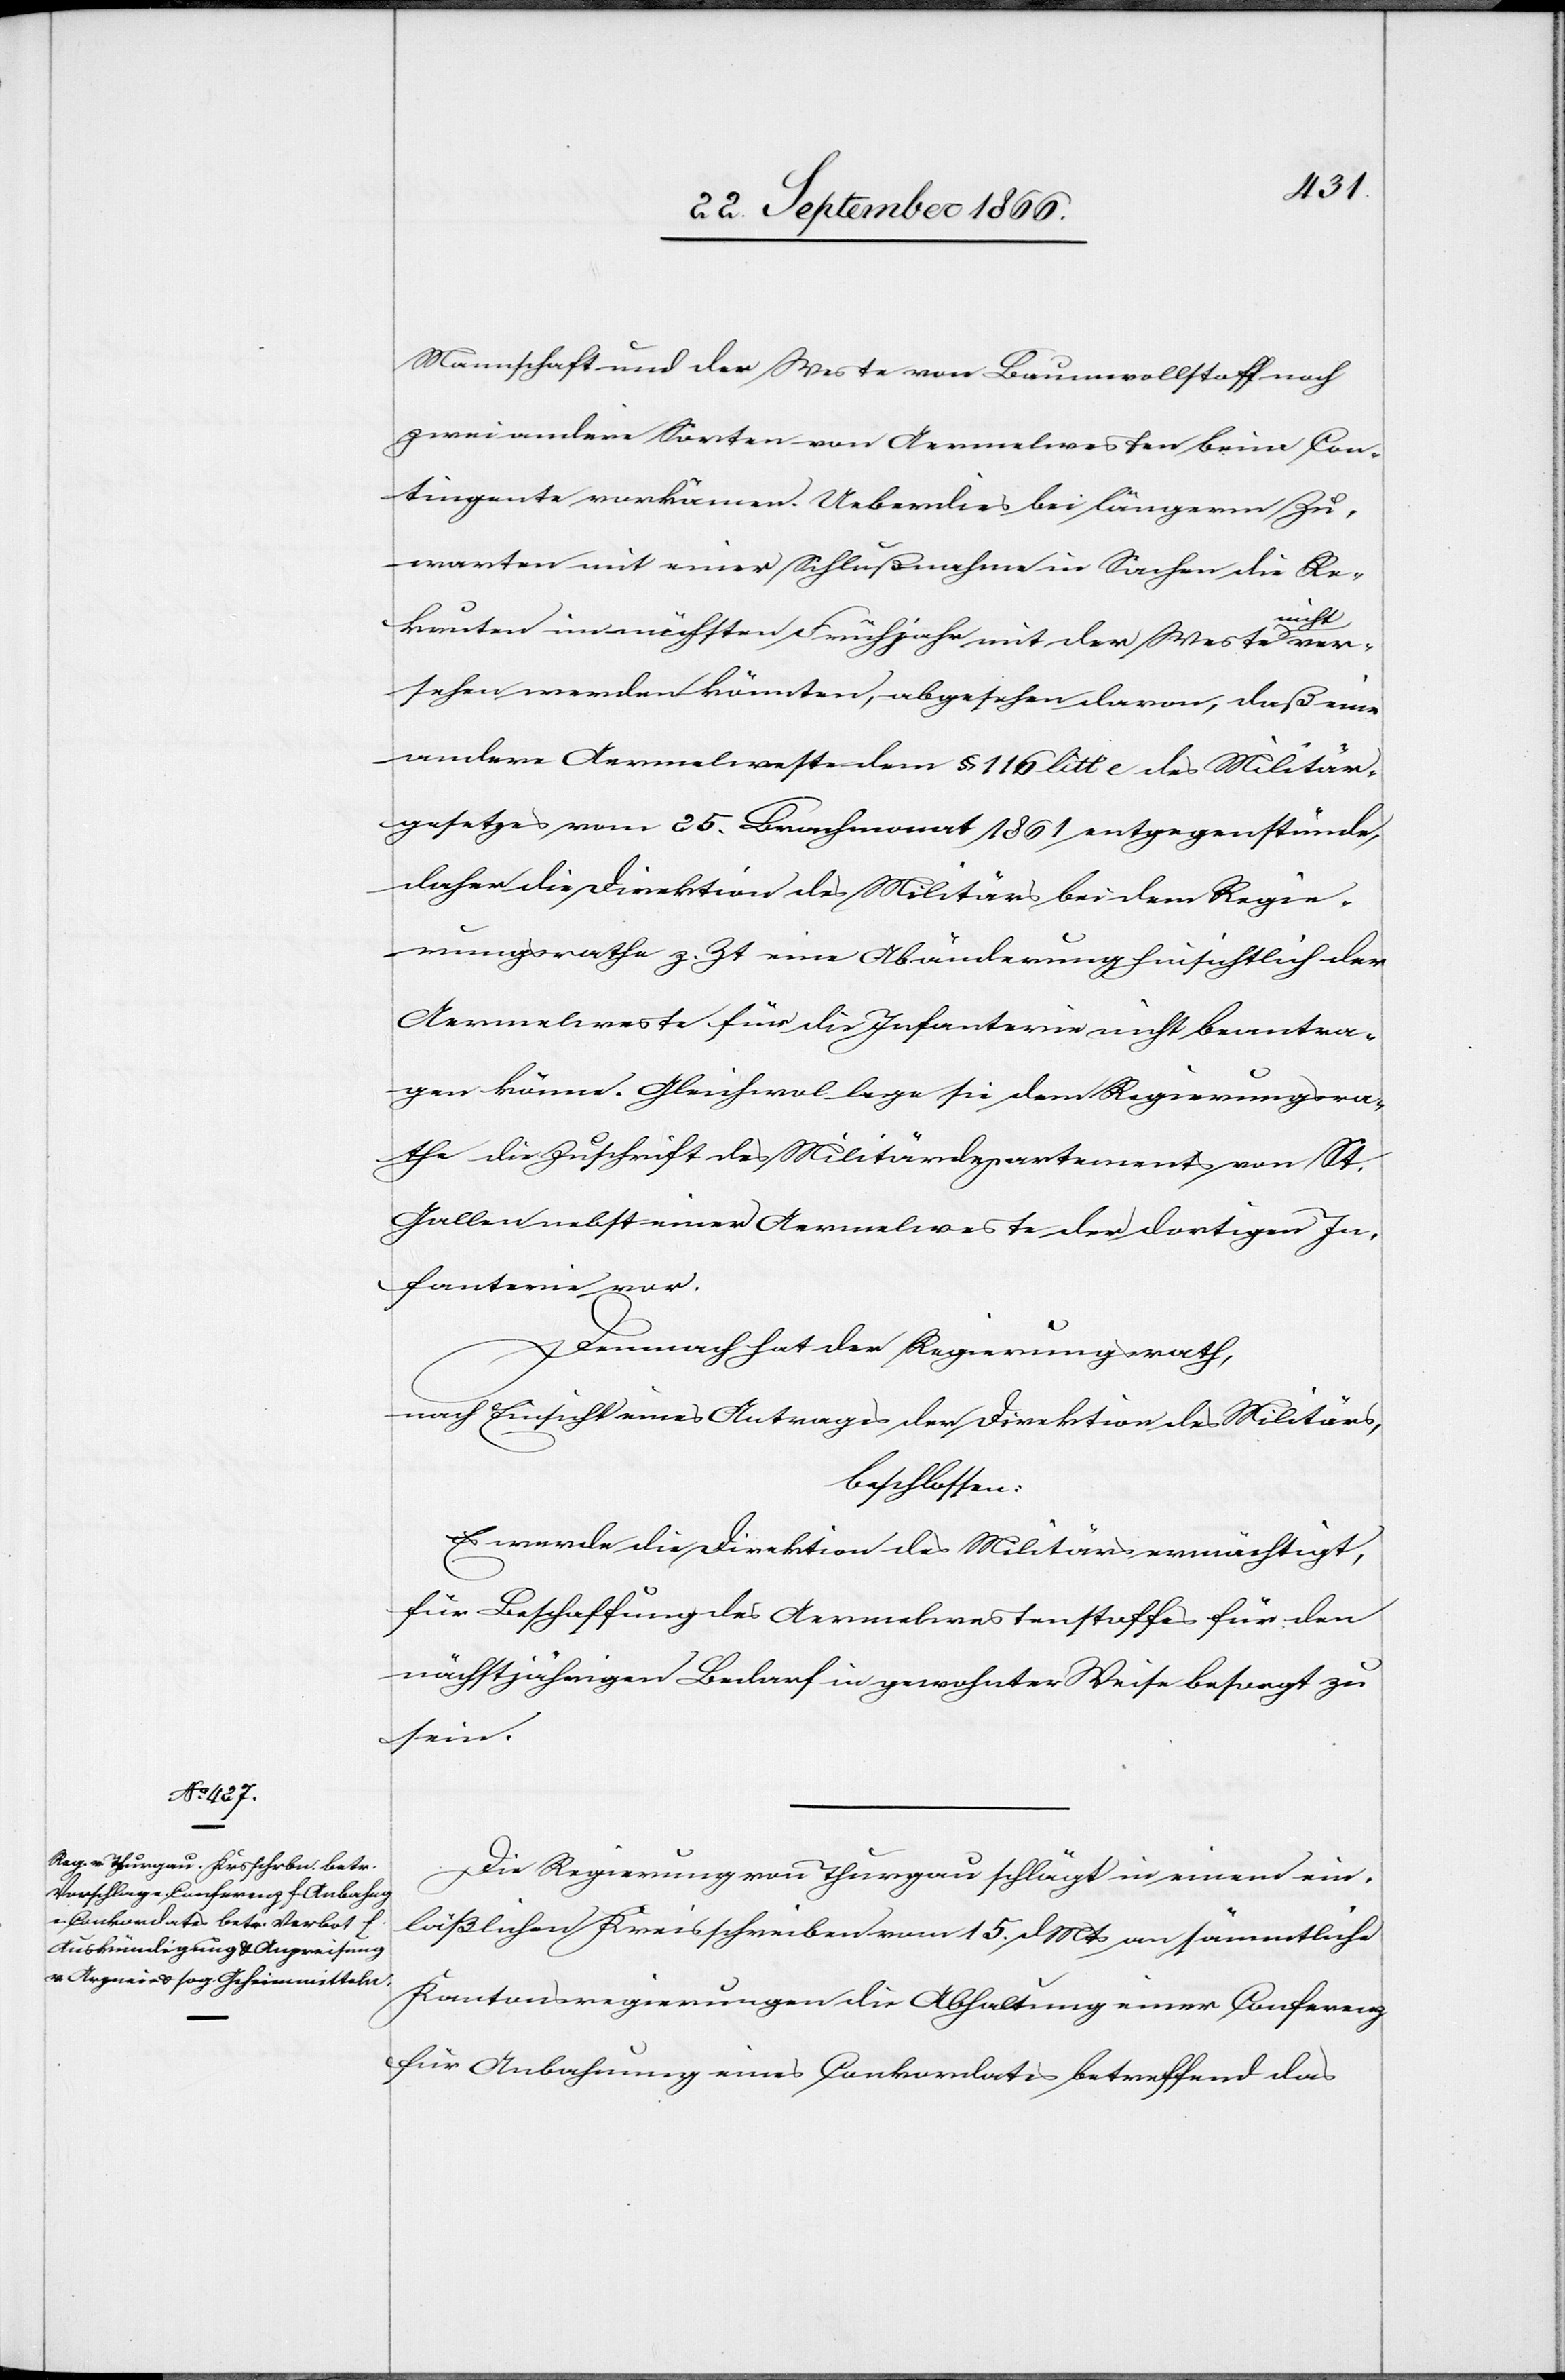
Mannschaft und der Weste von Baumwollstoff noch
zwei andere Sorten von Armeewesten beim Con¬
tingente vorkämen. Ueberdies bei längerm Zu¬
warten mit einer Schlußnahme in Sachen die Re¬
icht
kruten im nächsten Frühjahr mit der Weste n¬
versehen werden könnten, abgesehen davon, daß eine
andere Aermelweste dem § 116 litt e des Militär¬
gesetzes vom 25. Brachmonat 1861 entgegenstände,
daher die Direktion des Militärs bei dem Regie¬
rungsrathe z. Zt. eine Abänderung hinsichtlich der
Aermelweste für die Infanterie nicht beantra¬
gen könne. Gleichwol lege sie dem Regierungsra¬
the die Zuschrift des Militärdepartements von St.
Gallen nebst einer Aermelweste der dortigen In¬
fanterie vor.
Demnach hat der Regierungsrath,
nach Einsicht eines Antrages der Direktion des Militärs,
beschlossen:
Es werde die Direktion des Militärs ermächtigt,
für Beschaffung des Aermelwestenstoffes für den
nächstjährlichen Bedarf in gewohnter Weise besorgt zu
sein.
Die Regierung von Thurgau schlägt in einem ein¬
läßlichen Kreisschreiben vom 15. dMts an sämmtliche
Kantonsregierungen die Abhaltung einer Conferenz
für Anbahnung eines Conkordates betreffend das